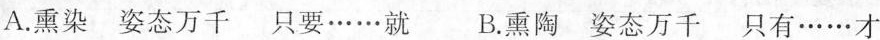
A.熏染 姿态万千 只要……就 B.熏陶 姿态万千 只有……才